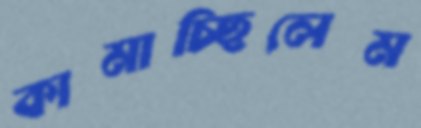
কামাচ্ছিলেম